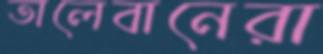
তালেবানেরা